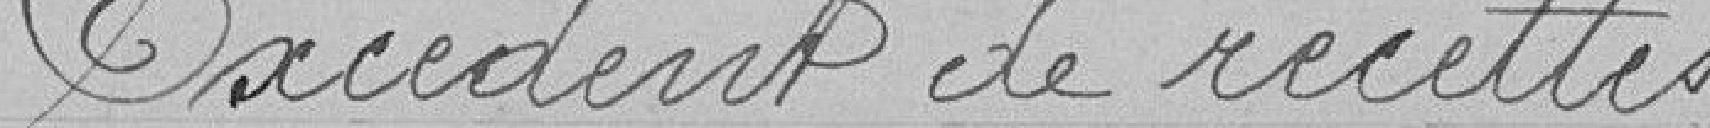
Excédent de recettes